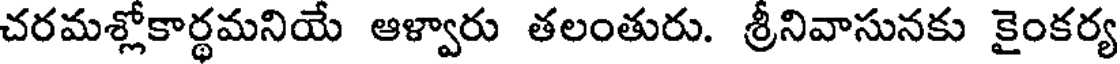
చరమశ్లోకార్థమనియే ఆళ్వారు తలంతురు. శ్రీనివాసునకు కైంకర్య